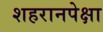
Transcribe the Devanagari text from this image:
शहरानपेक्षा